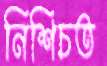
নিশিচত